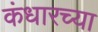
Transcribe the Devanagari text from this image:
कंधारच्या